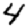
Digit: 4